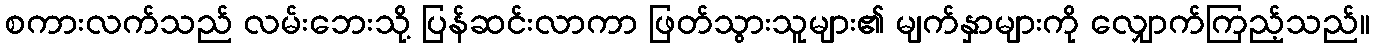
စကားလက်သည် လမ်းဘေးသို့ ပြန်ဆင်းလာကာ ဖြတ်သွားသူများ၏ မျက်နှာများကို လျှောက်ကြည့်သည်။